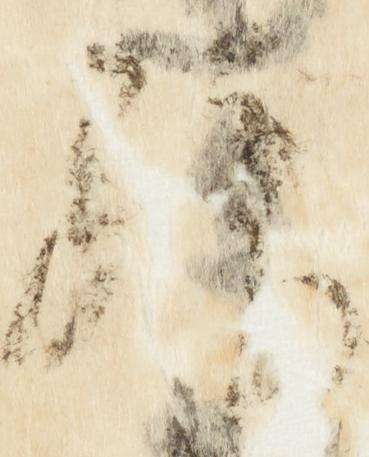
拝